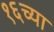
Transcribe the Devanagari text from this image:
१६च्या